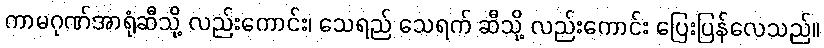
ကာမဂုဏ်အာရုံဆီသို့ လည်းကောင်း၊ သေရည် သေရက် ဆီသို့ လည်းကောင်း ပြေးပြန်လေသည်။